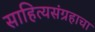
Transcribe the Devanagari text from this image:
साहित्यसंग्रहाचा